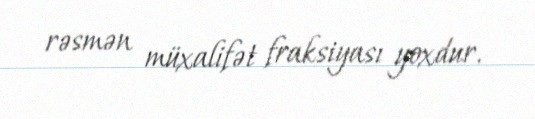
rəsmən müxalifət fraksiyası yoxdur.